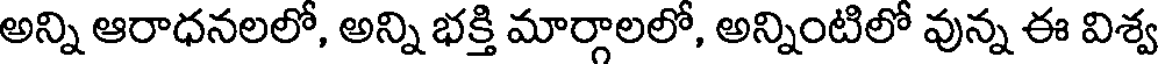
అన్ని ఆరాధనలలో, అన్ని భక్తి మార్గాలలో, అన్నింటిలో వున్న ఈ విశ్వ